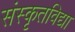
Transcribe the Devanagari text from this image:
संस्कृतविद्या